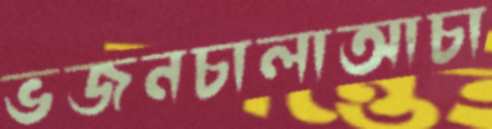
ভজনচালাআচা